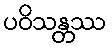
ပဝိသန္တဿ